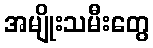
အမျိုးသမီးတွေ